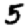
Digit: 5